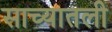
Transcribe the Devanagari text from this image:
साच्यातली